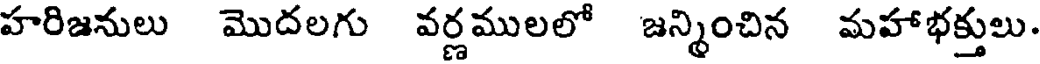
హరిజనులు మొదలగు వర్ణములలో జన్మించిన మహాభక్తులు.